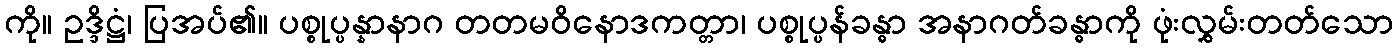
ကို။ ဥဒ္ဒိဋ္ဌံ၊ ပြအပ်၏။ ပစ္စုပ္ပန္နာနာဂ တတမဝိနောဒကတ္တာ၊ ပစ္စုပ္ပန်ခန္ဓာ အနာဂတ်ခန္ဓာကို ဖုံးလွှမ်းတတ်သော